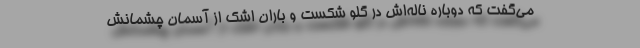
می‌گفت که دوباره ناله‌اش در گلو شکست و باران اشک از آسمان چشمانش